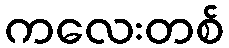
ကလေးတစ်